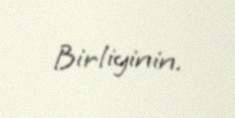
Birliyinin.